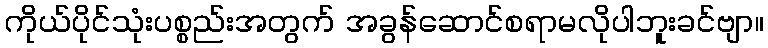
ကိုယ်ပိုင်သုံးပစ္စည်းအတွက် အခွန်ဆောင်စရာမလိုပါဘူးခင်ဗျာ။